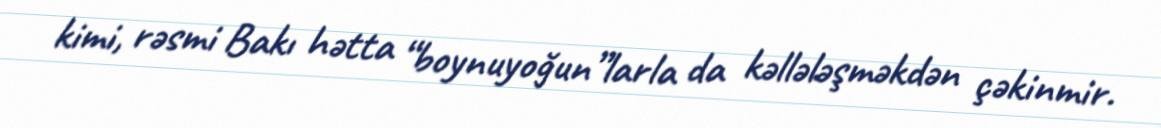
kimi, rəsmi Bakı hətta “boynuyoğun”larla da kəllələşməkdən çəkinmir.